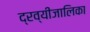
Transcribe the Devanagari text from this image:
द्रव्यीजालिका